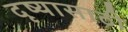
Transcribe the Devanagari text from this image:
दृष्यासाठी